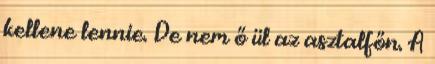
kellene lennie. De nem ő ül az asztalfőn. A